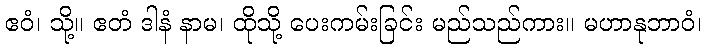
ဧဝံ၊ သို့။ ဧတံ ဒါနံ နာမ၊ ထိုသို့ ပေးကမ်းခြင်း မည်သည်ကား။ မဟာနုဘာဝံ၊